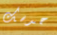
حدسك